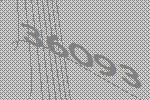
36093